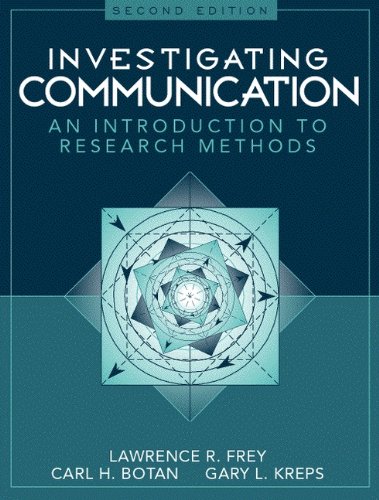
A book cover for Investigating Communication: An Introduction to Research Methods (2nd Edition); Lawrence R. Frey; Reference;